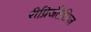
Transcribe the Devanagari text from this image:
रीप्रिजेंटेटिव्ज़